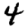
Digit: 4